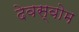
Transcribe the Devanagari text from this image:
देवस्‍वोम